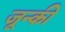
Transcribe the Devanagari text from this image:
जून्की